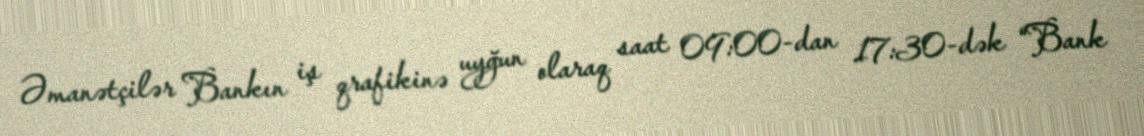
Əmanətçilər Bankın iş qrafikinə uyğun olaraq saat 09:00-dan 17:30-dək “Bank